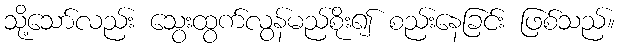
သို့သော်လည်း သွေးထွက်လွန်မည်စိုး၍ စည်းနေခြင်း ဖြစ်သည်။